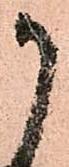
か